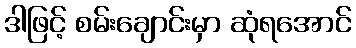
ဒါဖြင့် စမ်းချောင်းမှာ ဆုံရအောင်